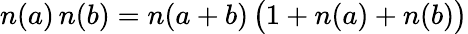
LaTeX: n(a)\, n(b)=n(a+b)\, \bigl(1+n(a)+n(b)\bigr)